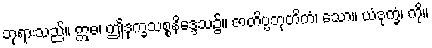
ဘုရားသည်။ ဣဓ၊ ဤဒုက္ခသစ္စနိဒ္ဒေသ၌။ ဇာတိပ္ပဘုတိကံ၊ သော။ ယံဒုက္ခံ၊ ကို။